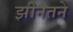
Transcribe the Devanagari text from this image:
झीनतने